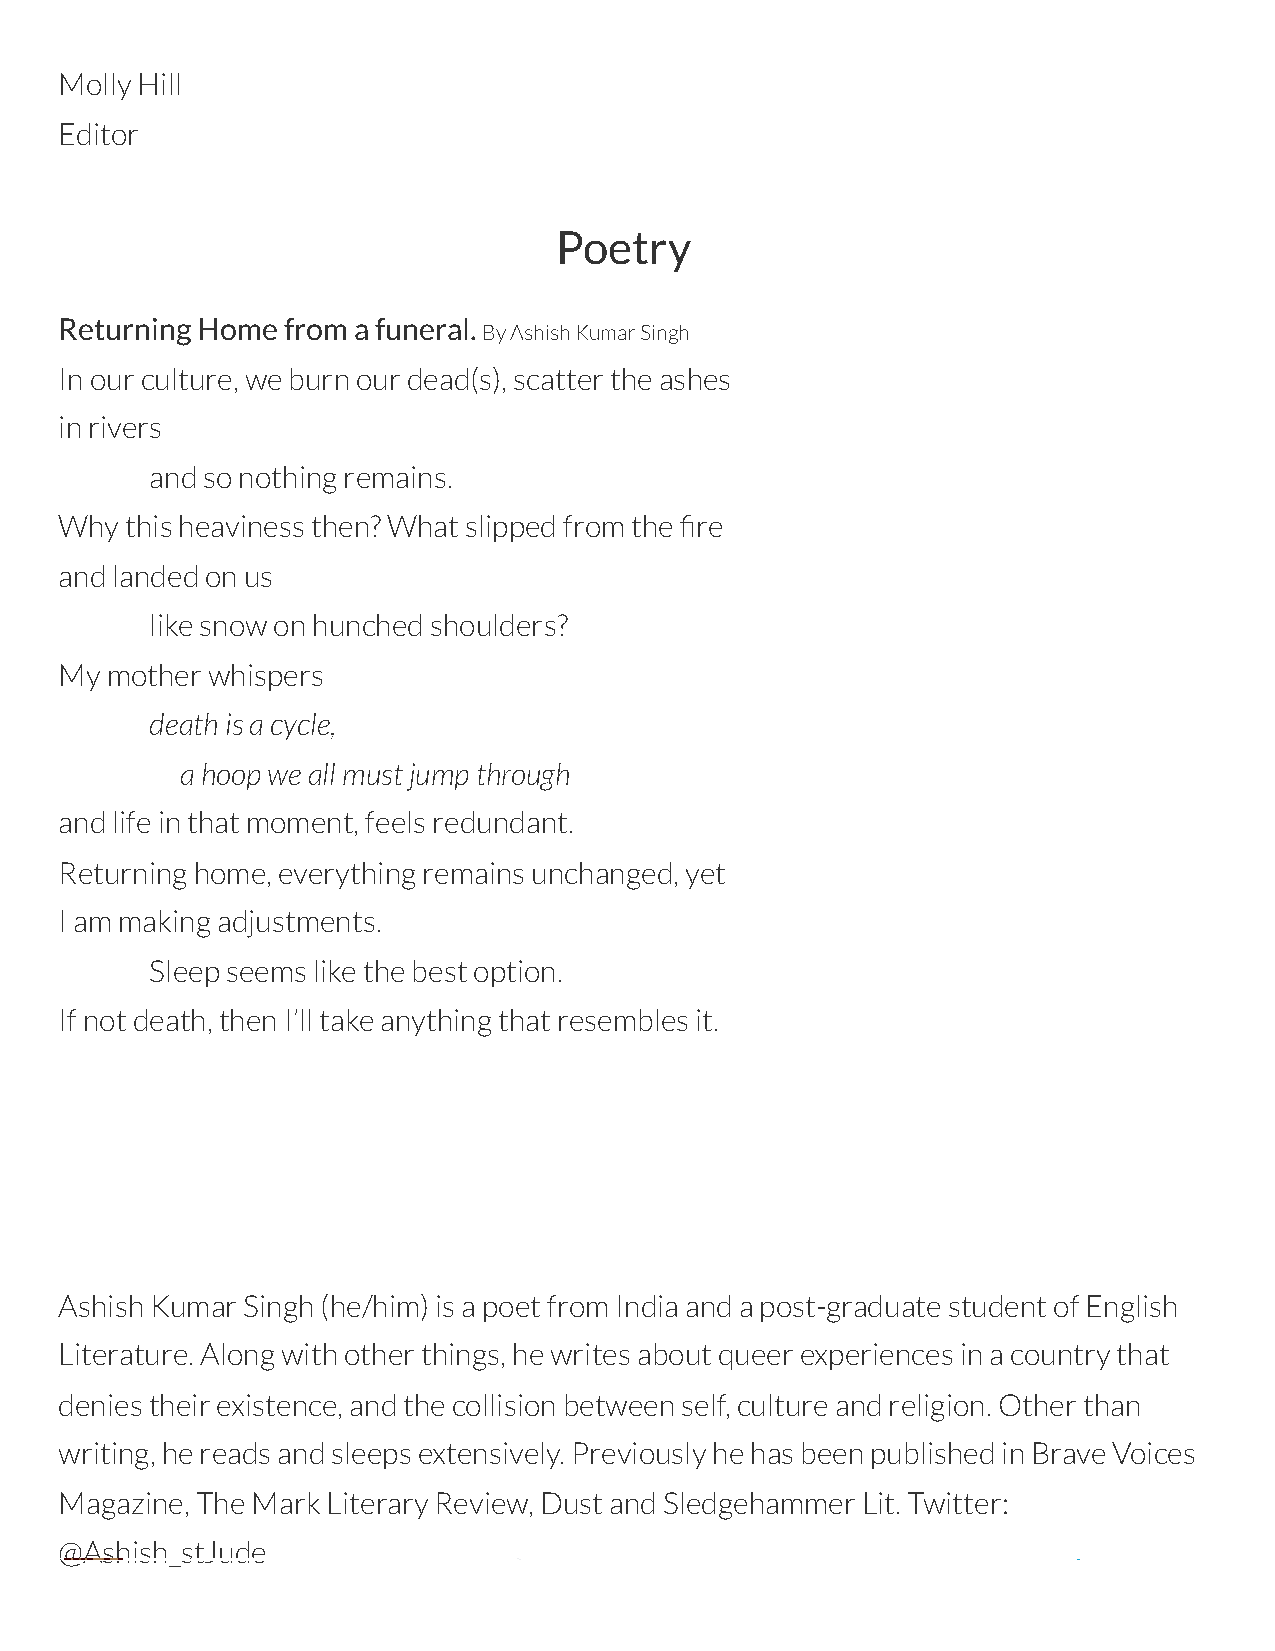
Molly Hill
 Editor
 Poetry
 Returning Home from a funeral.
 By Ashish Kumar Singh
 In our culture, we burn our dead(s), scatter the ashes
 in rivers
 and so nothing remains.
 Why this heaviness then? What slipped from the re
 and landed on us
 like snow on hunched shoulders?
 My mother whispers
 death is a cycle,
 a hoop we all must jump through
 and life in that moment, feels redundant.
 Returning home, everything remains unchanged, yet
 I am making adjustments.
 Sleep seems like the best option.
 If not death, then I’ll take anything that resembles it.
 Ashish Kumar Singh (he/him) is a poet from India and a post-graduate student of English
 Literature. Along with other things, he writes about queer experiences in a country that
 denies their existence, and the collision between self, culture and religion. Other than
 writing, he reads and sleeps extensively. Previously he has been published in Brave Voices
 Magazine, The Mark Literary Review, Dust and Sledgehammer Lit. Twitter:
 @Ashish_stJude